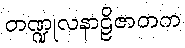
တဏ္ဍုလနာဠိဇာတက